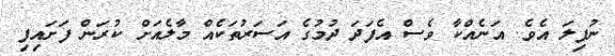
ނުފިލަ އެވެ. އަނެއްކާ ވެސް އެފަދަ ދުމުގެ އަސަރުތަކެއް މާލެއަށް ކުރަން ފަށައިފި